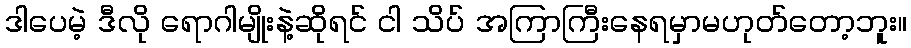
ဒါပေမဲ့ ဒီလို ရောဂါမျိုးနဲ့ဆိုရင် ငါ သိပ် အကြာကြီးနေရမှာမဟုတ်တော့ဘူး။